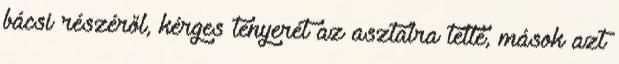
bácsi részéről, kérges tenyerét az asztalra tette, mások azt